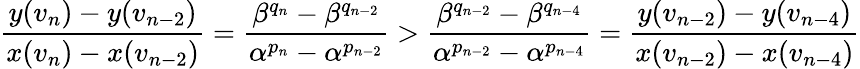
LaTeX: \frac{y(v_{n})-y(v_{n-2})}{x(v_{n})-x(v_{n-2})}=\frac{\beta^{q_{n}}-\beta^{q_{n-2}}}{\alpha^{p_{n}}-\alpha^{p_{n-2}}}>\frac{\beta^{q_{n-2}}-\beta^{q_{n-4}}}{\alpha^{p_{n-2}}-\alpha^{p_{n-4}}}=\frac{y(v_{n-2})-y(v_{n-4})}{x(v_{n-2})-x(v_{n-4})}